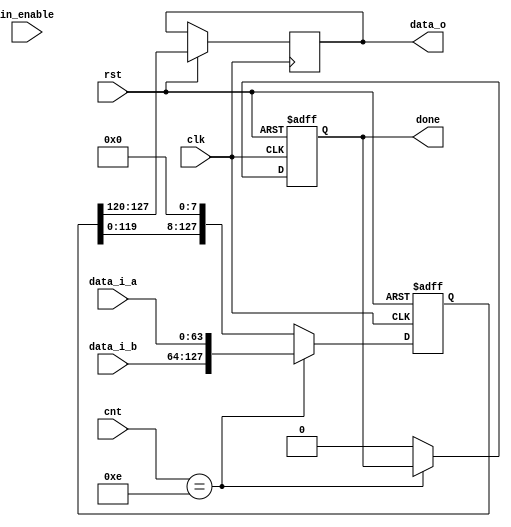
`timescale 1ns / 1ps



module x64_bc(
    input clk,
    input rst,
    input in_enable,
    input [3:0] cnt,
    input [63:0] data_i_a,
    input [63:0] data_i_b,
    output reg [7:0] data_o,
    output reg done
    );
    reg [127:0] temp;
// always@(posedge clk)
// begin
//     if(in_enable)
//         temp = {data_i_b,data_i_a};
// end

always@(posedge clk or negedge rst)
begin
if(!rst)
begin
    done<=0;
    temp<=0;
end
else
begin
if(cnt==14)
begin
    data_o<=temp[127:120];
    temp <= {data_i_b,data_i_a};
end
else
    begin
        data_o<=temp[127:120];
        temp<= {temp[119:0],8'b0};
        done<=0;
    end
end
end

endmodule